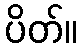
ပိတ်။